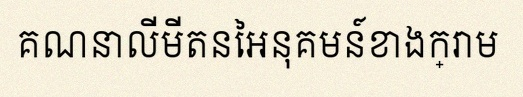
គណនាលីមីតនៃអនុគមន៍ខាងក្រោម